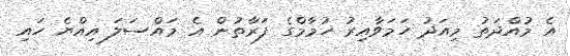
އެ މުއްދަތު މިއަދު ހަމަވާއިރު ހުމާމްގެ ފަރާތުން އެ މައްސަލަ އިއްޔެ ހައި